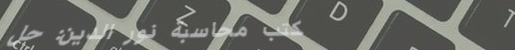
مكتب محاسبة نور الدين: حل